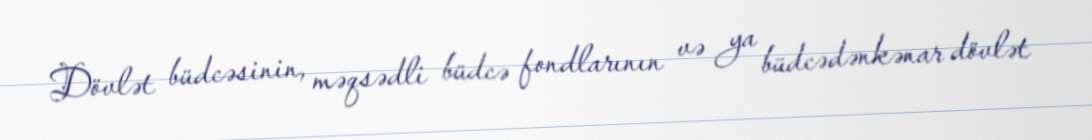
Dövlət büdcəsinin, məqsədli büdcə fondlarının və ya büdcədənkənar dövlət